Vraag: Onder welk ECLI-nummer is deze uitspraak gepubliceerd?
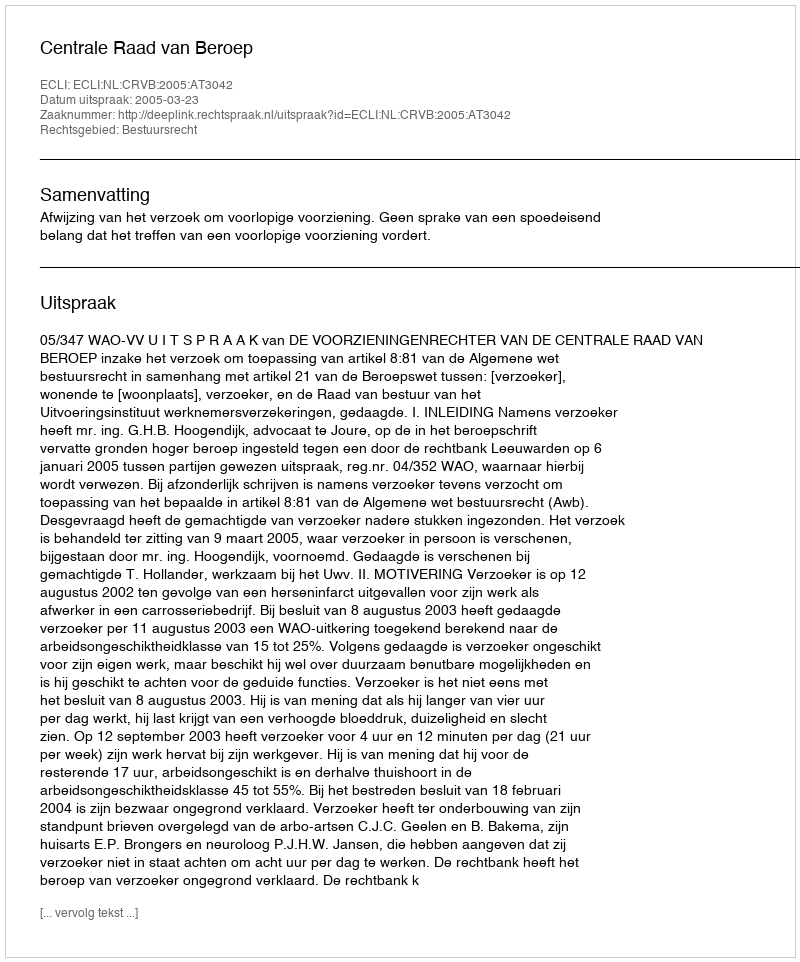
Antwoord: ECLI:NL:CRVB:2005:AT3042